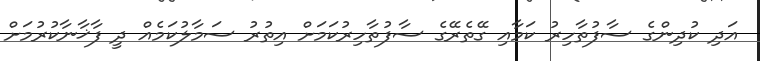
އަދި ކުދިންގެ ސާފުތާހިރު ކަމާއި ގޭތެރޭގެ ސާފުތާހިރުކަމަށް އިތުރު ސަމާލުކަމެއް ދީ ފާޚާނާކުރުމަށް